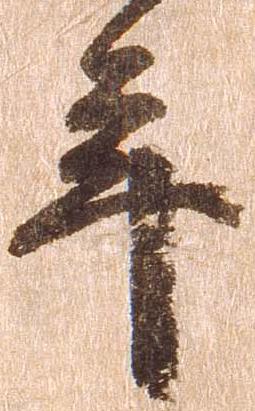
年